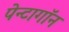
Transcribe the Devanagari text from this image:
पेन्टागॉन